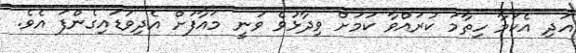
އަދި އެކަަމާ ހިތާމަ ކުރައްވާ ކަމަށް ވިދާޅުވެ ވަނީ މައާފަށް އެދިވަޑައިގެންފަ އެވެ.